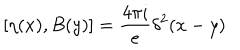
LaTeX: [ \eta ( x ) , B ( y ) ] = \frac { 4 \pi i } { e } \delta ^ { 2 } ( x - y )